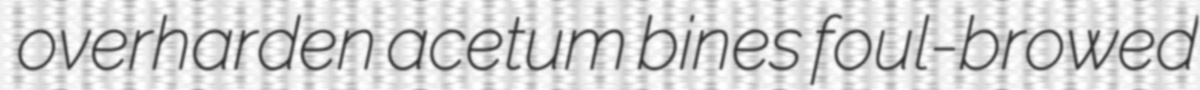
overharden acetum bines foul-browed